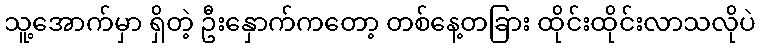
သူ့အောက်မှာ ရှိတဲ့ ဦးနှောက်ကတော့ တစ်နေ့တခြား ထိုင်းထိုင်းလာသလိုပဲ